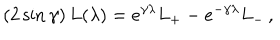
( 2 \sin \gamma ) \, L ( \lambda ) = e ^ { \gamma \lambda } L _ { + } - e ^ { - \gamma \lambda } L _ { - } \, ,